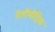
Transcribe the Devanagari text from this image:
टेलीमीट्रिक